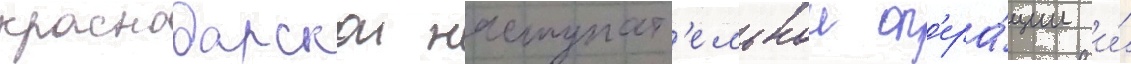
краснодарскои наступат'ельнои оп'ера́ции и́